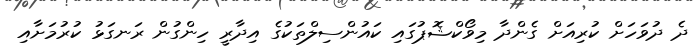
ދެ ދުވަހަށް ކުރިއަށް ގެންދާ މިވޯކްޝޮޕުގައި ކައުންސިލްތަކުގެ އިދާރީ ހިންގުން ރަނގަޅު ކުރުމަށާއި